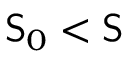
\mathsf { S } _ { 0 } < \mathsf { S }